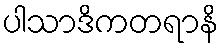
ပါသာဒိကတရာနိ